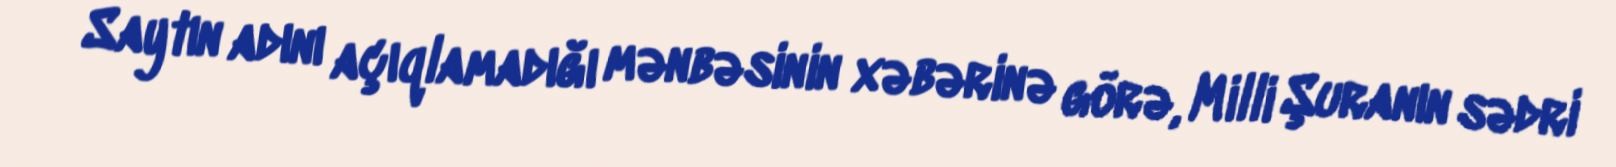
Saytın adını açıqlamadığı mənbəsinin xəbərinə görə, Milli Şuranın sədri